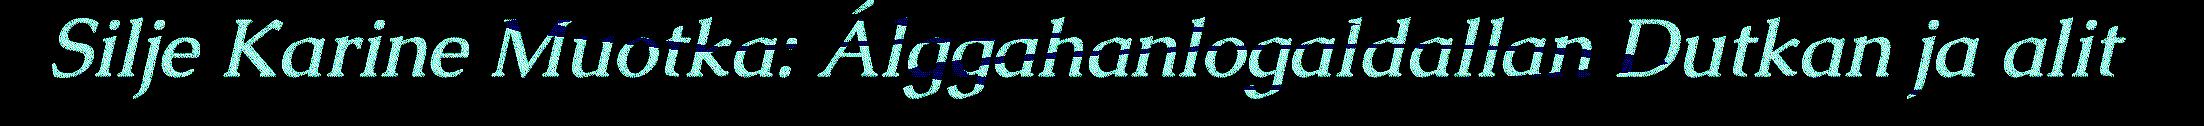
Silje Karine Muotka: Álggahanlogaldallan Dutkan ja alit